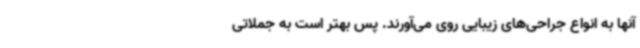
آنها به انواع جراحی‌های زیبایی روی می‌آورند. پس بهتر است به جملاتی